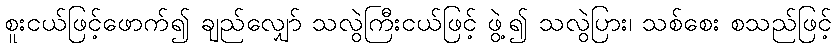
စူးငယ်ဖြင့်ဖောက်၍ ချည်လျှော် သလွဲကြီးငယ်ဖြင့် ဖွဲ့၍ သလွဲပြား၊ သစ်စေး စသည်ဖြင့်